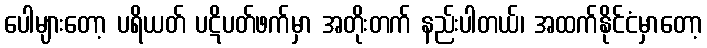
ပေါများတော့ ပရိယတ် ပဋိပတ်ဖက်မှာ အတိုးတက် နည်းပါတယ်၊ အထက်နိုင်ငံမှာတော့